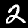
Label: 2